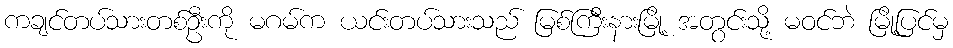
ကချင်တပ်သားတစ်ဦးကို မဂမ်က ယင်းတပ်သားသည် မြစ်ကြီးနားမြို့ အတွင်းသို့ မဝင်ဘဲ မြို့ပြင်မှ